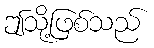
ဤသို့ဖြစ်သည်